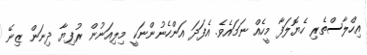
އިހްލާސްތެރި ހެޔޮލަފާ މީހެއް ނަމައެވެ. އެފަދަ އަންހެނުންނަކީ މިލިއަނުން ރުފިޔާ ދިނަން ޒިނޭ